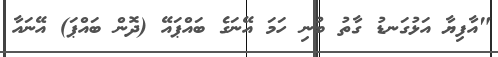
"އާފިޔާ އަޅުގަނޑު ގާތު ބުނި ހަމަ އޭނަގެ ބައްޕައޭ (ދޮން ބައްޕަ) އޭނައާ